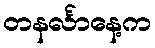
တနင်္လာနေ့က